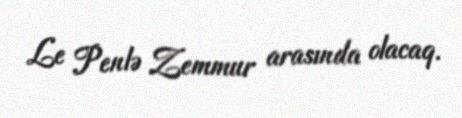
Le Penlə Zemmur arasında olacaq.